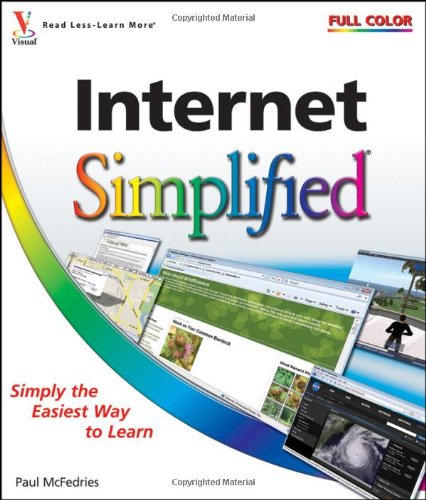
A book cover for Internet Simplified; Paul McFedries; Computers & Technology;